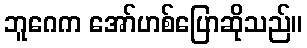
ဘူဂေက အော်ဟစ်ပြောဆိုသည်။